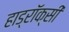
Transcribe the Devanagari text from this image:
हाड्रॉक्सी